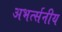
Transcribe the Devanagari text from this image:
अभर्त्सनीय